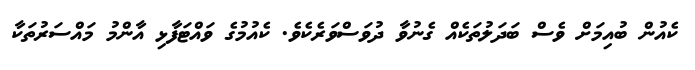
ކެއުން ބުއިމަށް ވެސް ބަދަލުތަކެއް ގެނުވާ ދުވަސްވަރެކެވެ. ކެއުމުގެ ވައްޓަފާޅި އާންމު މައްސަރުތަކާ